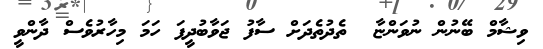
ވިޝާމް ބޭނުން ނުވަންޏާ  ތެދުތެދަށް ސާފު ޖަވާބުދީފަ ހަމަ މިހާރުވެސް ދާންވީ